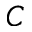
C